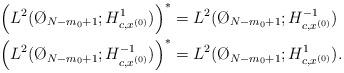
LaTeX: \begin{align*}&\left( L^{2}(\O_{N-m_{0}+1}; H^{1}_{c,x^{(0)}}) \right)^{*} = L^{2}(\O_{N-m_{0}+1}; H^{-1}_{c,x^{(0)}}) \\& \left( L^{2}(\O_{N-m_{0}+1}; H^{-1}_{c,x^{(0)}}) \right)^{*} = L^{2}(\O_{N-m_{0}+1}; H^{1}_{c,x^{(0)}}) .\end{align*}